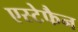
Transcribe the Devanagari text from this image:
एस्टेफैन